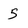
Character: 5